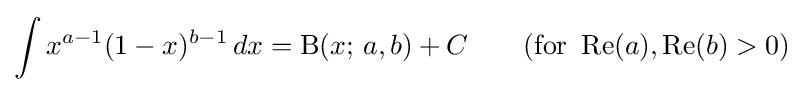
\int x^{a-1}(1-x)^{b-1}\,dx=\mathrm {B} (x;\,a,b)+C\qquad {\text{(for }}\operatorname {Re} (a),\operatorname {Re} (b)>0{\mbox{)}}